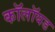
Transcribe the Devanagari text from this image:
कॉलॉयड